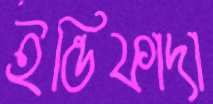
ইন্তিফাদা